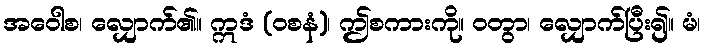
အဝေါစ၊ လျှောက်၏။ ဣဒံ (ဝစနံ)၊ ဤစကားကို။ ဝတွာ၊ လျှောက်ပြီး၍။ မံ၊